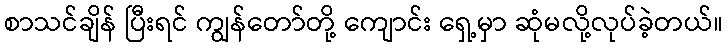
စာသင်ချိန် ပြီးရင် ကျွန်တော်တို့ ကျောင်း ရှေ့မှာ ဆုံမလို့လုပ်ခဲ့တယ်။